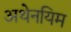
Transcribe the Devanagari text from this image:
अथेनयिम